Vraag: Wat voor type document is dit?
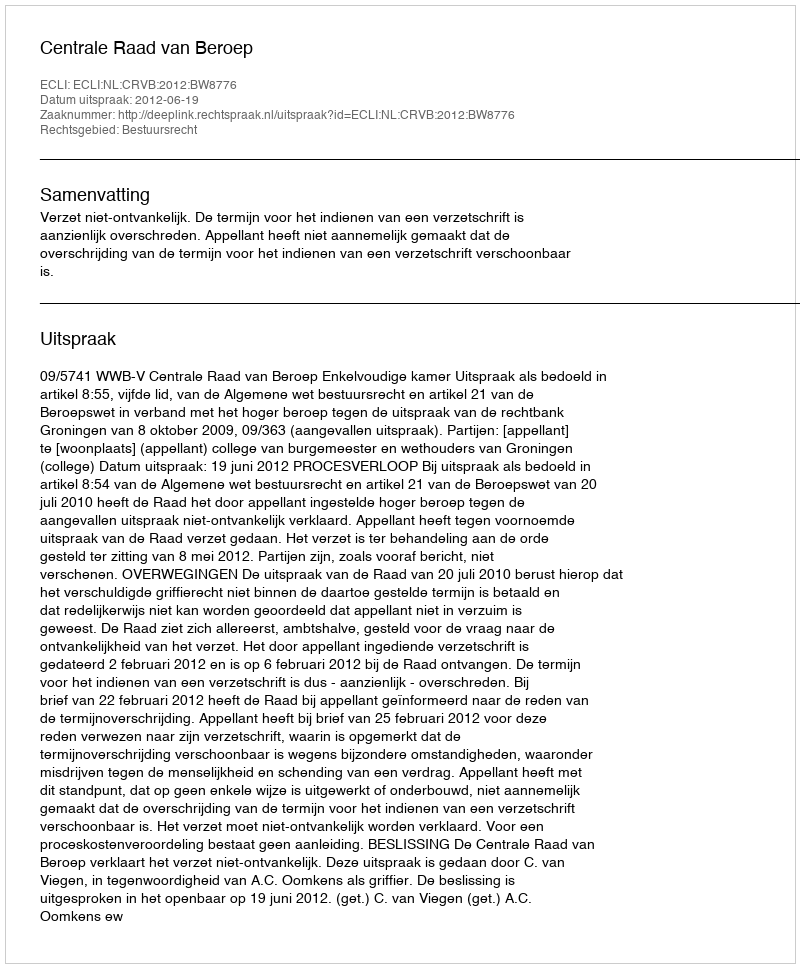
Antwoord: Uitspraak